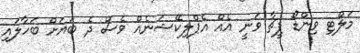
މަލްޓި ވިންޑޯ ފީޗާ ވަނީ އެއް އެޕްލިކޭޝަނެއް ވެސް ދެ ބަޔަށް ބަހާލައި